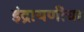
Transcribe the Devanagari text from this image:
इंद्रायणींचा